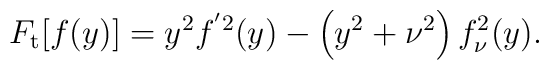
F_{{\rm t}}[f(y)]=y^{2}f^{^{\prime }2}(y)-\left( y^{2}+\nu ^{2}\right) f_{\nu }^{2}(y).